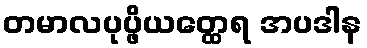
တမာလပုပ္ဖိယတ္ထေရ အပဒါန